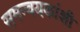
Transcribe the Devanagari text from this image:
समन्वयकांशी